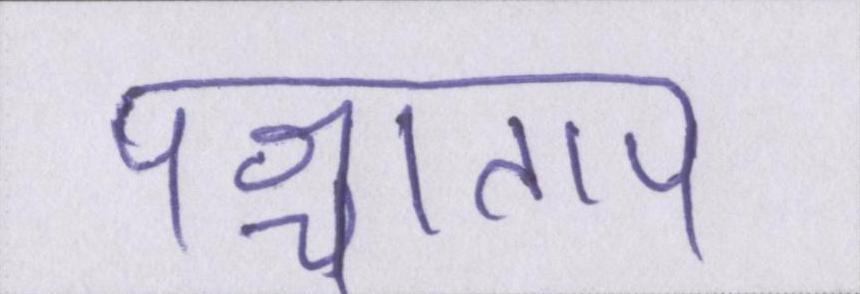
पश्चाताप